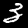
Label: 3